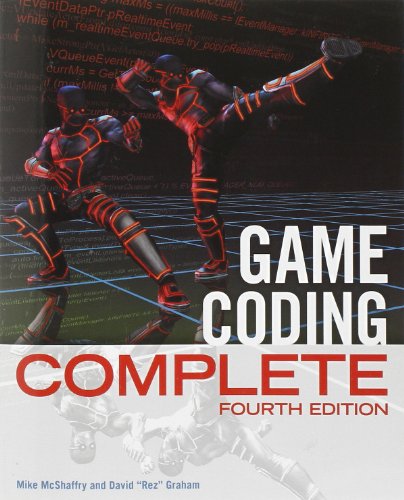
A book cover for Game Coding Complete, Fourth Edition; Mike McShaffry; Humor & Entertainment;